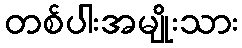
တစ်ပါးအမျိုးသား